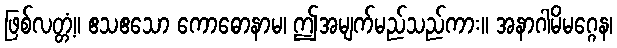
ဖြစ်လတ္တံ့။ ဧသဧသော ကောဓောနာမ၊ ဤအမျက်မည်သည်ကား။ အနာဂါမိမဂ္ဂေန၊